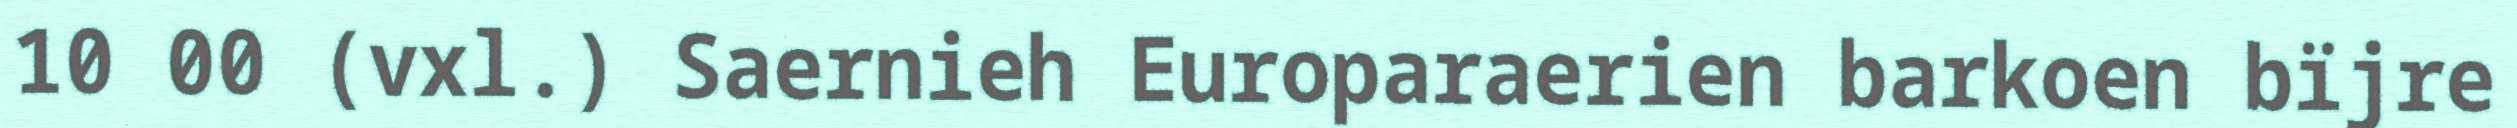
10 00 (vxl.) Saernieh Europaraerien barkoen bïjre